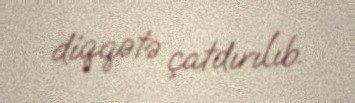
diqqətə çatdırılıb.